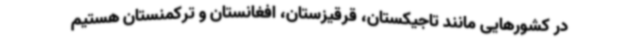
در کشورهایی مانند تاجیکستان، قرقیزستان، افغانستان و ترکمنستان هستیم